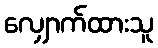
လျှောက်ထားသူ